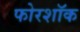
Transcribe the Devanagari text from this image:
फोरशॉक